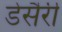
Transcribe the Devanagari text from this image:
डेसैरी